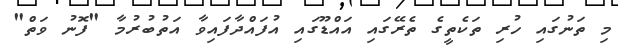
މި ތަނުގައި ހުރި ތަކެތީގެ ތެރޭގައި އައްޑޫގައި އުފައްދާފައިވާ އަތުބުރުމާ "ފޮނު ވަތް"